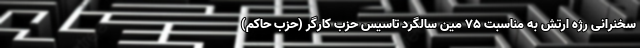
سخنرانی رژه ارتش به مناسبت 75 مین سالگرد تاسیس حزب کارگر (حزب حاکم)